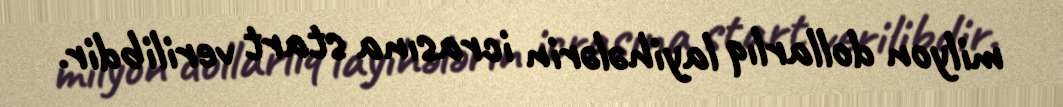
milyon dollarlıq layihələrin icrasına start verilibdir.